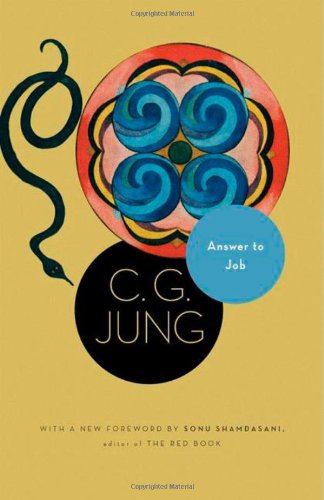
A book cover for Answer to Job: (From Vol. 11 of the Collected Works of C. G. Jung) (Jung Extracts); C. G. Jung; Medical Books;